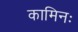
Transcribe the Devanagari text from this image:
कामिनः